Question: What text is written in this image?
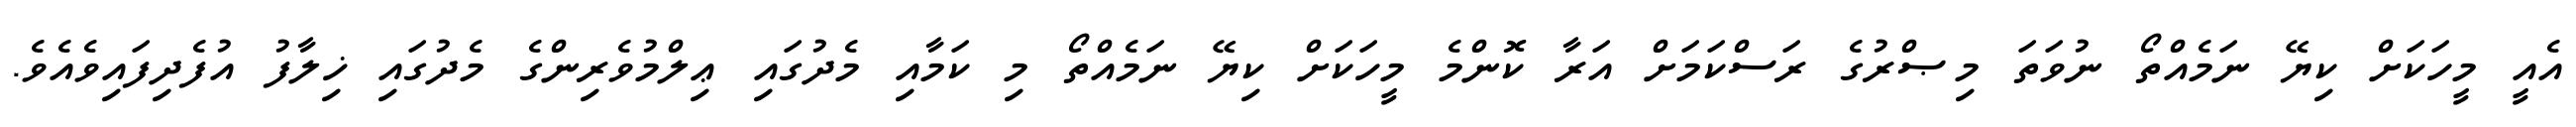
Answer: އެއީ މީހަކަށް ކިޔޭ ނަމެއްތޯ ނުވަތަ މިޞްރުގެ ރަސްކަމަށް އަރާ ކޮންމެ މީހަކަށް ކިޔޭ ނަމެއްތޯ މި ކަމާއި މެދުގައި ޢިލްމުވެރިންގެ މެދުގައި ޚިލާފު އުފެދިފައިވެއެވެ.